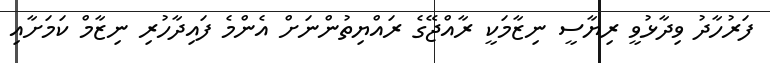
ފަރުހާދު ވިދާޅުވީ ރިޔާސީ ނިޒާމަކީ ރާއްޖޭގެ ރައްޔިތުންނަށް އެންމެ ފައިދާހުރި ނިޒާމް ކަމަށާއި